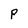
Character: P